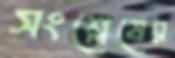
সংশ্লেষের